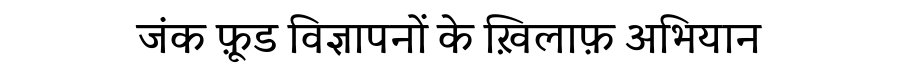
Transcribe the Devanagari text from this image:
जंक फ़ूड विज्ञापनों के ख़िलाफ़ अभियान